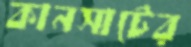
কানসাটের